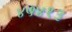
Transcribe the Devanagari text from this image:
४५४१३